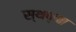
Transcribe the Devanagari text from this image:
स्थप्ना